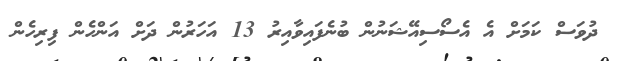
ދުވަސް ކަމަށް އެ އެސޯސިއޭޝަނުން ބުނެފައިވާއިރު 13 އަހަރުން ދަށް އަންހެން ފިރިހެން